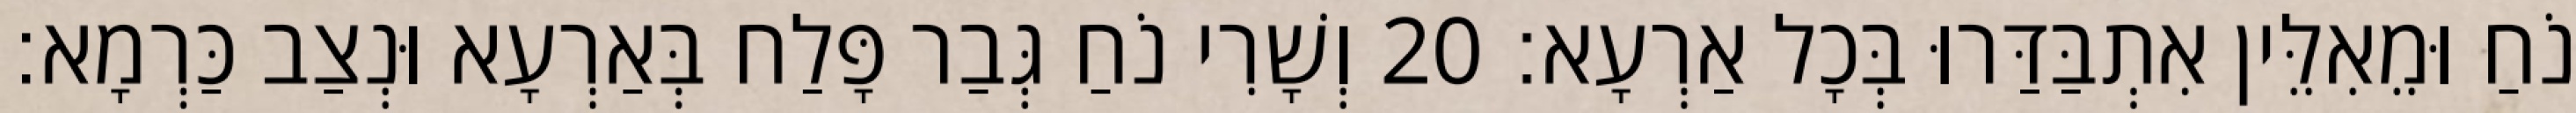
נֹחַ וּמֵאִלֵּין אִתְבַּדַּרוּ בְּכָל אַרְעָא׃ 20 וְשָׁרִי נֹחַ גְּבַר פָּלַח בְּאַרְעָא וּנְצַב כַּרְמָא׃